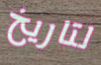
لتاريخ